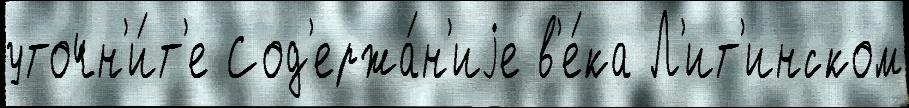
уточн'и́т'е Сод'ержа́н'иjе в'е́ка Л'ит'инском